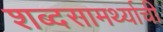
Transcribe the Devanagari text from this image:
शब्दसामर्थ्याची